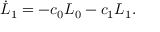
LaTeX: \dot { L } _ { 1 } = - c _ { 0 } L _ { 0 } - c _ { 1 } L _ { 1 } .